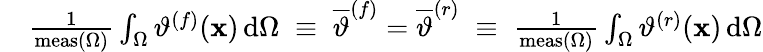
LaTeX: \begin{array}{rl}&{\frac{1}{\mathrm{meas}(\Omega)}\int_{\Omega}\vartheta^{(f)}(\mathbf{x})\, \mathrm{d}\Omega\; \equiv\; \overline{{\vartheta}}^{(f)}=\overline{{\vartheta}}^{(r)}\; \equiv\; \frac{1}{\mathrm{meas}(\Omega)}\int_{\Omega}\vartheta^{(r)}(\mathbf{x})\, \mathrm{d}\Omega}\end{array}